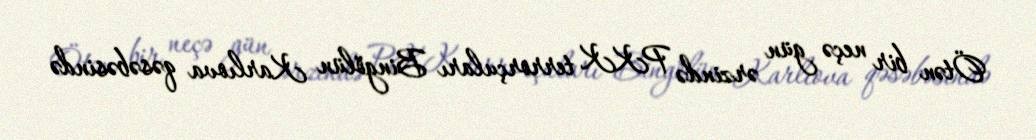
Ötən bir neçə gün ərzində PKK terrorçuları Bingölün Karlıova qəsəbəsində